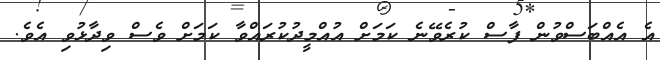
އެ އެއްބަސްވުން ފާސް ކުރެވޭނެ ކަމަށް އުއްމީދުކުރައްވާ ކަމަށް ވެސް ވިދާޅުވި އެވެ.